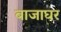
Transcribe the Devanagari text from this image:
बाजाघर